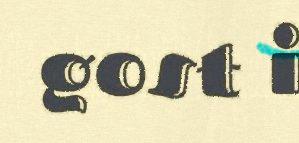
gost i